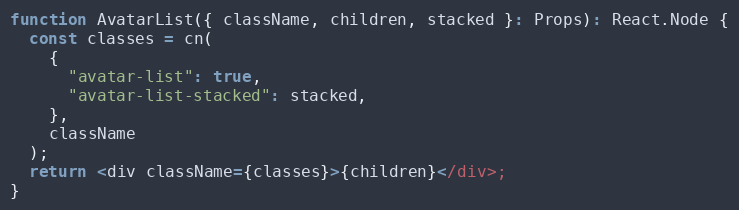
Language: JavaScript
function AvatarList({ className, children, stacked }: Props): React.Node {
  const classes = cn(
    {
      "avatar-list": true,
      "avatar-list-stacked": stacked,
    },
    className
  );
  return <div className={classes}>{children}</div>;
}